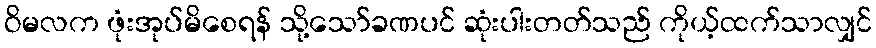
ဝိမလက ဖုံးအုပ်မိစေရန် သို့သော်ခဏပင် ဆုံးပါးတတ်သည် ကိုယ့်ထက်သာလျှင်